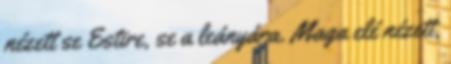
nézett se Estire, se a leányára. Maga elé nézett,